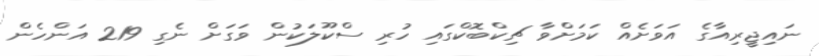
ނައިޖީރިއާގެ އަވަށެއް ކަމަށްވާ ޗިކްބޮކްގައި ހުރި ސްކޫލަކުން ވަގަށް ނެގި 219 އަންހެން